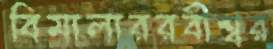
বিমালাররবীশ্বর